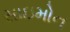
સાઇમોન